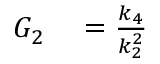
\begin{array} { r l } { G _ { 2 } } & { { } = { \frac { k _ { 4 } } { k _ { 2 } ^ { 2 } } } } \end{array}